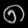
Digit: ၈